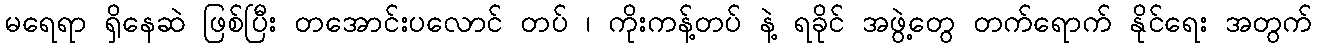
မရေရာ ရှိနေဆဲ ဖြစ်ပြီး တအောင်းပလောင် တပ် ၊ ကိုးကန့်တပ် နဲ့ ရခိုင် အဖွဲ့တွေ တက်ရောက် နိုင်ရေး အတွက်